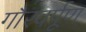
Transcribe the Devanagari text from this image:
गौरवर्पूण